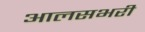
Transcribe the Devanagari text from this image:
आलसभरी